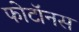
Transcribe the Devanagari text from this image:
फोटॉनस